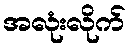
အလုံးလိုက်